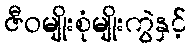
ဇီဝမျိုးစုံမျိုးကွဲနှင့်